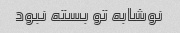
نوشابه تو بسته نبود